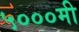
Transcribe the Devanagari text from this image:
५०००मी